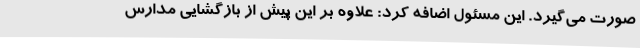
صورت می‌گیرد. این مسئول اضافه کرد: علاوه بر این پیش از بازگشایی مدارس